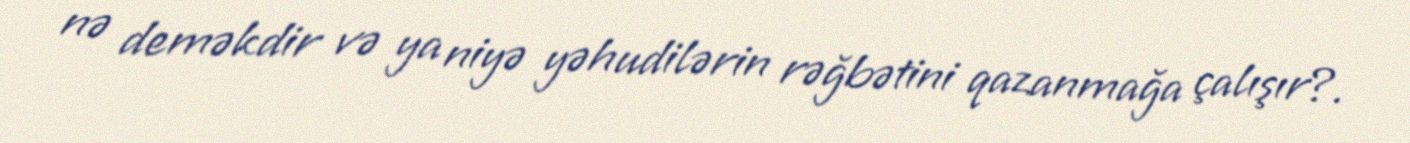
nə deməkdir və ya niyə yəhudilərin rəğbətini qazanmağa çalışır?.